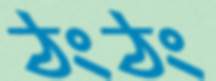
ঠংঠং